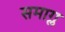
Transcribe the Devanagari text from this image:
समाग्ल